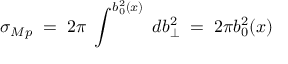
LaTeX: \sigma _ { M p } \; = \; 2 \pi \; \int ^ { b _ { 0 } ^ { 2 } ( x ) } \; d b _ { \perp } ^ { 2 } \; = \; 2 \pi b _ { 0 } ^ { 2 } ( x )